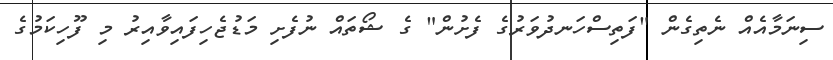
ސިނަމާއެއް ނެތިގެން "ފަތިސްހަނދުވަރުގެ ފެށުން" ގެ ޝޯތައް ނުފެށި މަޑުޖެހިފައިވާއިރު މި ފޫހިކަމުގެ